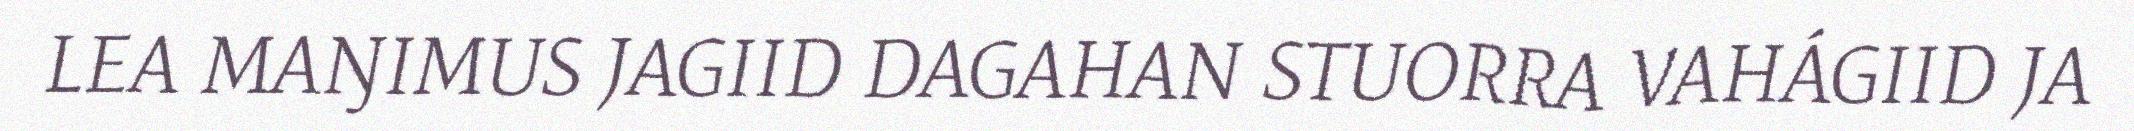
LEA MAŊIMUS JAGIID DAGAHAN STUORRA VAHÁGIID JA